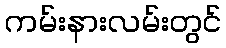
ကမ်းနားလမ်းတွင်